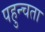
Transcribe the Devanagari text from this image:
पहुन्चता